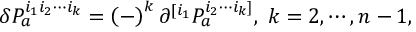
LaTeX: \delta P _ { a } ^ { i _ { 1 } i _ { 2 } \cdots i _ { k } } = \left( - \right) ^ { k } \partial ^ { [ i _ { 1 } } P _ { a } ^ { i _ { 2 } \cdots i _ { k } ] } , \; k = 2 , \cdots , n - 1 ,